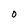
Character: O